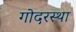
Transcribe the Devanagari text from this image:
गोदरस्था